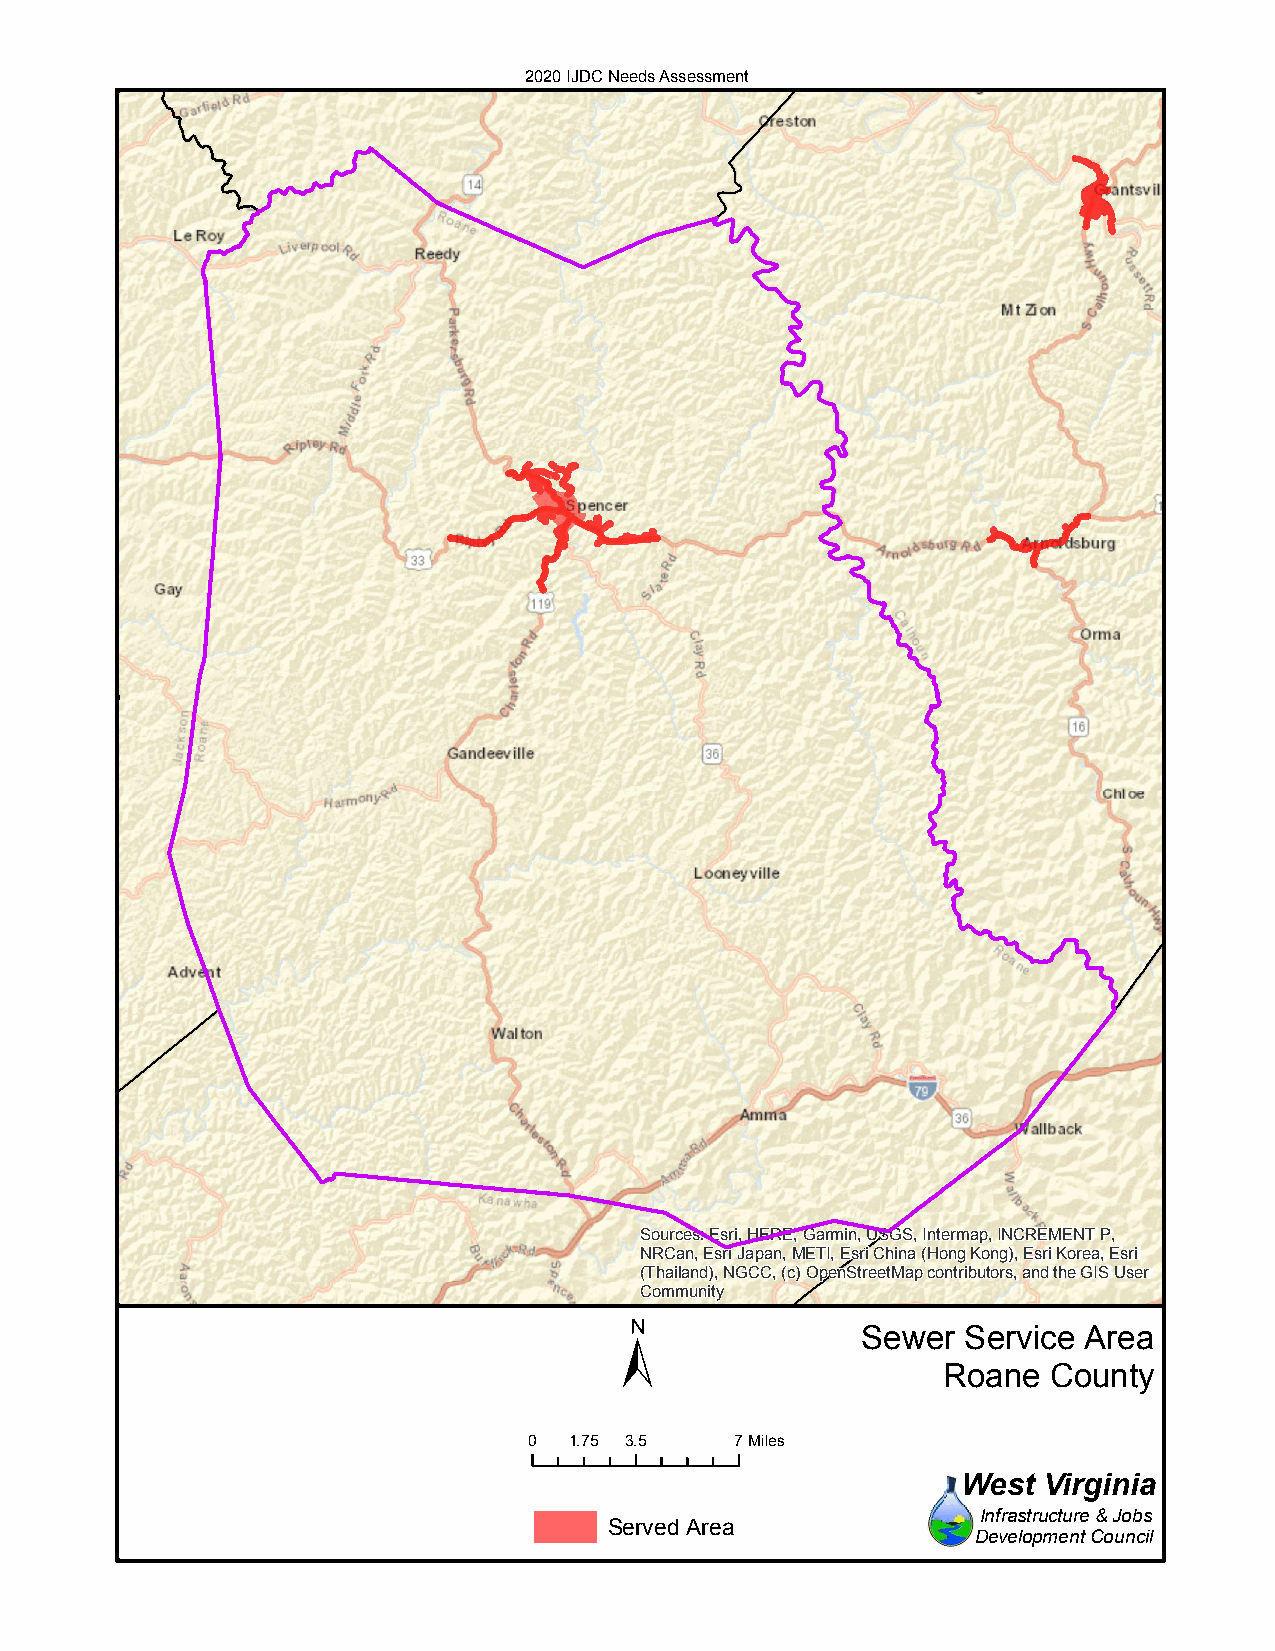
2020 IJDC Needs Assessment
 Sources: Esri, HERE, Garmin, USGS, Intermap, INCREMENT P,
 NRCan, Esri Japan, METI, Esri China (Hong Kong), Esri Korea, Esri
 (Thailand), NGCC, (c) OpenStreetMap contributors, and the GIS User
 Community
 ±
 Sewer  Service Area
 Roane  County
 0  1.75 3.5   7Miles
 West Virginia
 Infrastructure & Jobs
 Served Area
 Development Council